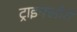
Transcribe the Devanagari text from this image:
ट्राइफ्लोरो